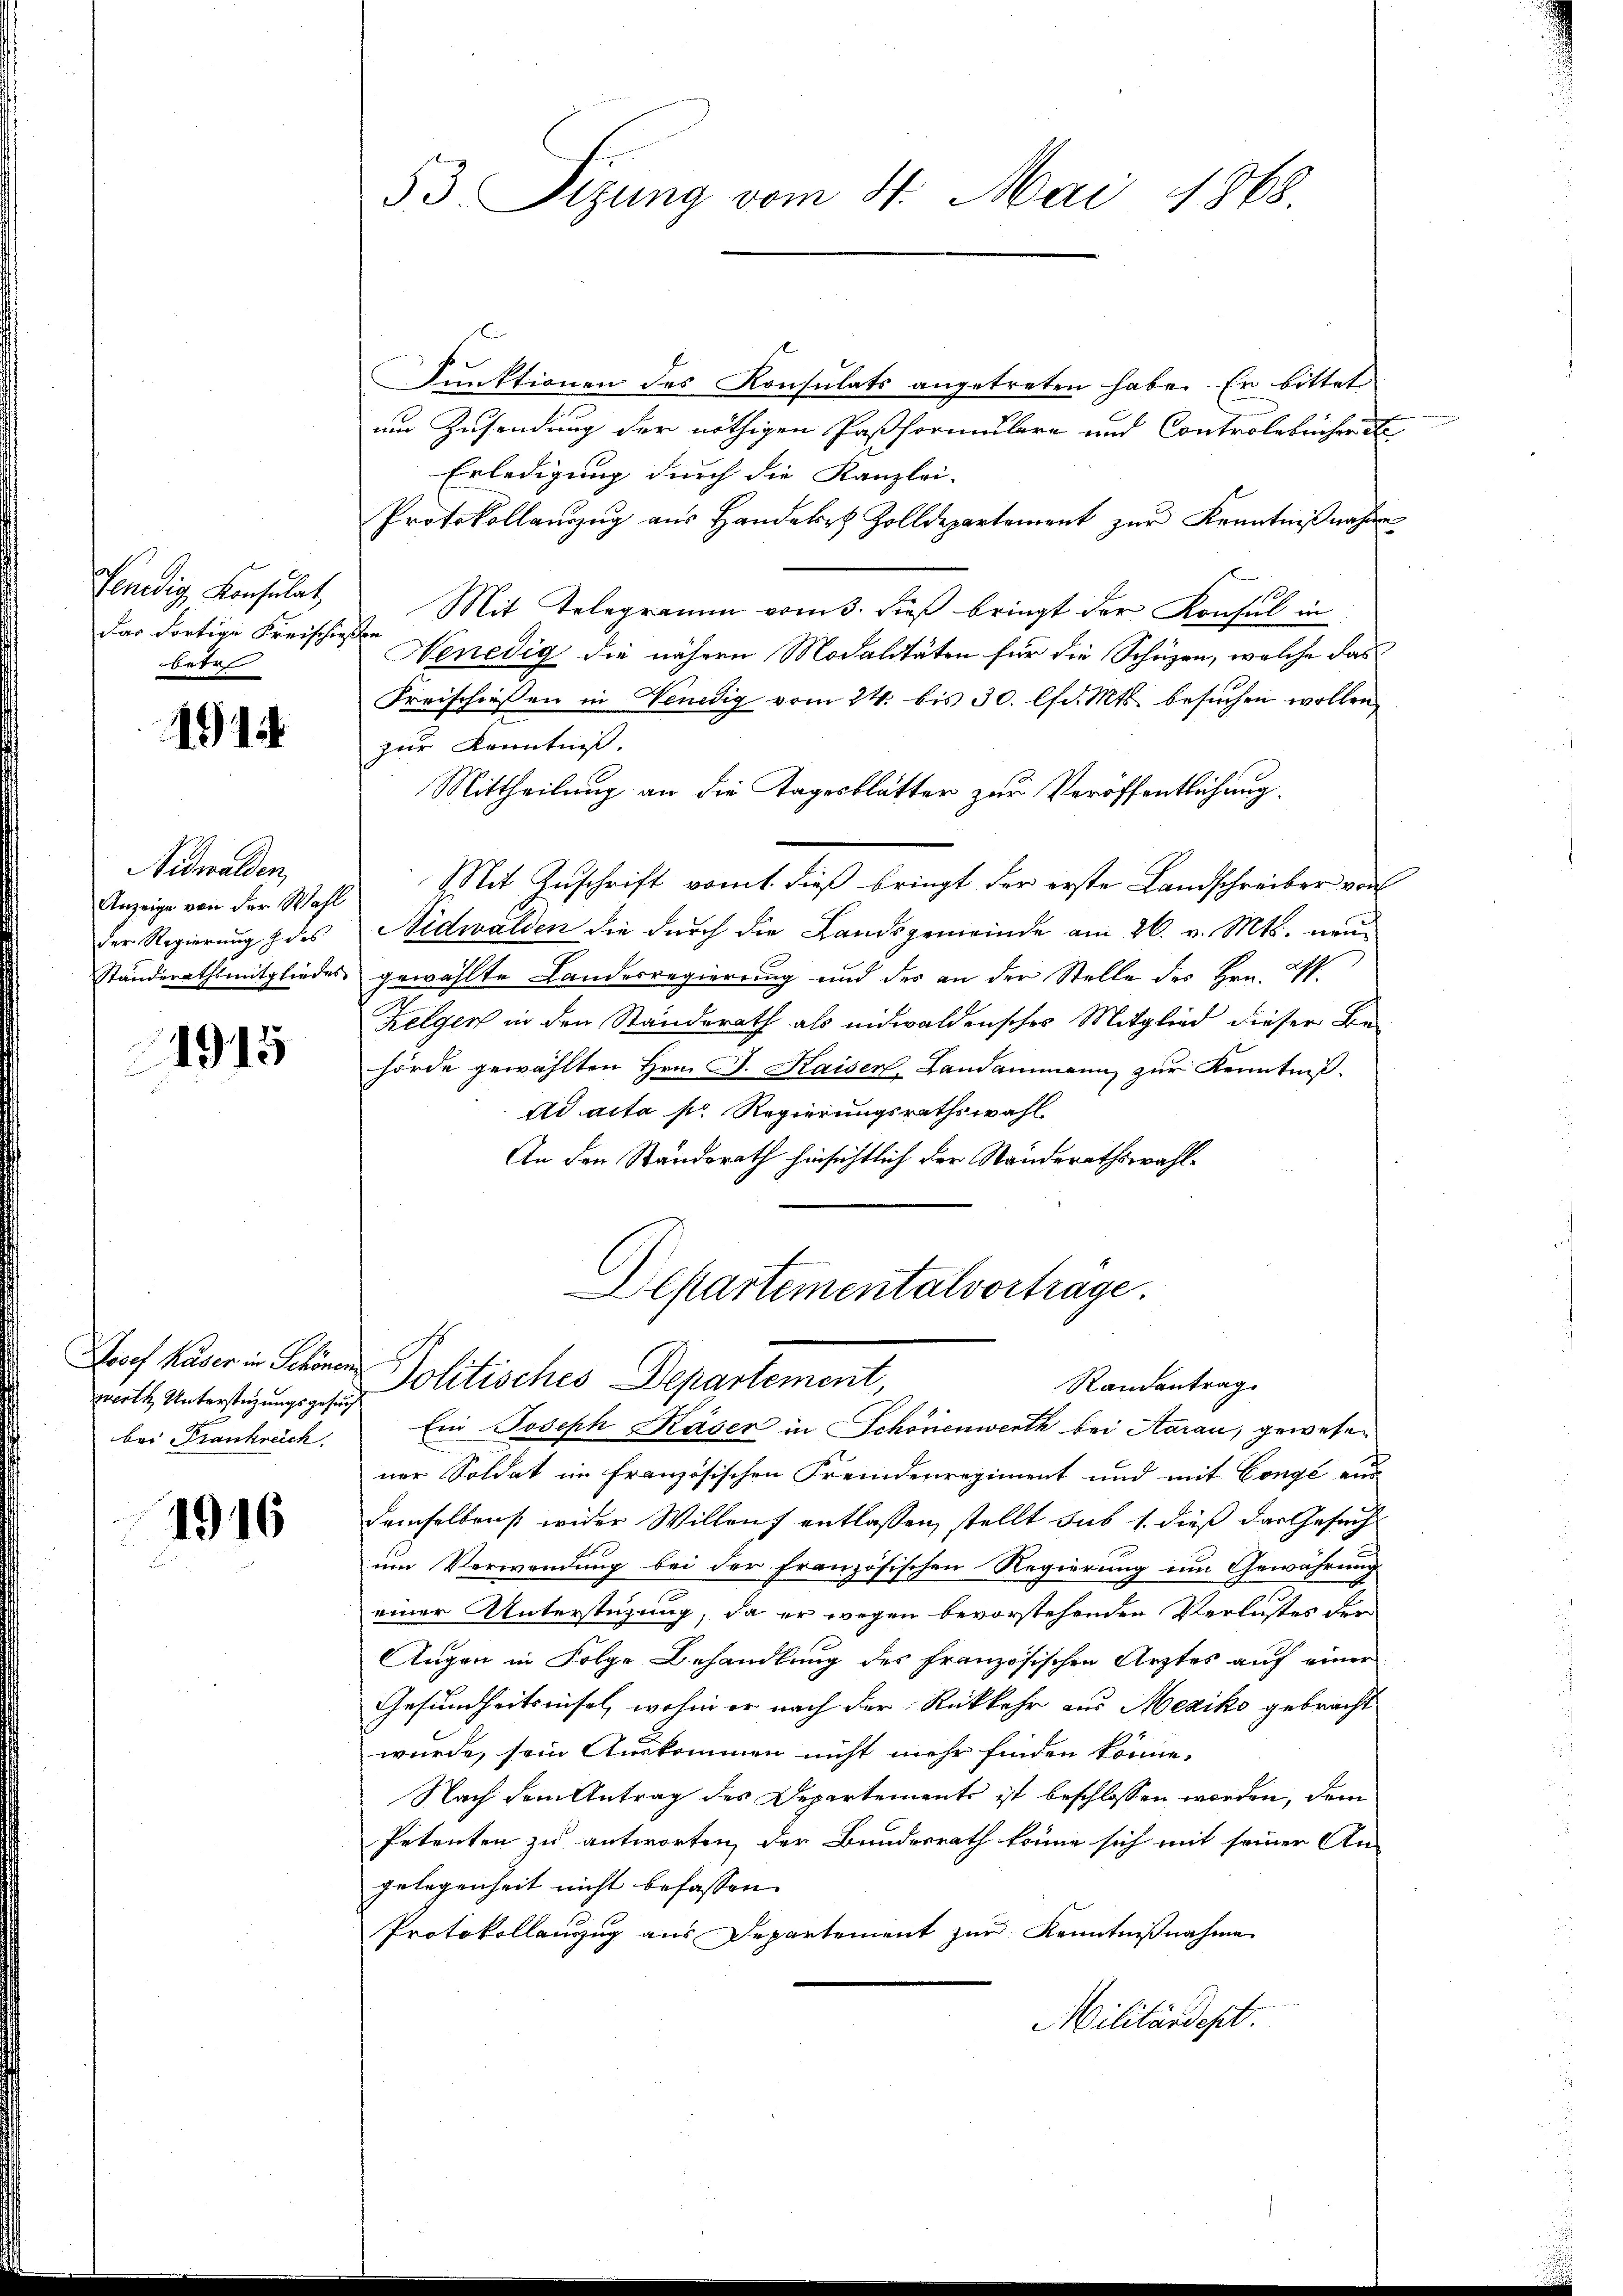
Venedig, Konsulat
das dortige Freischießen
betr

1914

Nidwalden,
Anzeige von der Wahl
der Regierung des

1915

werth Unterstüzungsgesuch
bei Frankreich

1916

53 Sizung vom 4. Mai 1868.

Funktionen des Konsulats angetreten habe. Er bittet
um Zusendung der nöthigen Paßformulare und Controlebucher
Erledigung durch die Kanzlei- |
Protokollanzŭg aŭs Handelt Zolldepartement zŭr Kenntniβnahme
Mit Telegramm vom 3. dieß bringt der Konsul in
Nenedig die nähern Modalitäten für die Schüzen, welche das
Freischiessen in Venedig vom 24. bis 30. lfd. Mts. besuchen wollen,
zur Kenntniß.
Mittheilung an die Tagesblätter zur Veröffentlichung
e
Mit Zuschrift vomt dieß bringt der erste Landschreiber von
Nidwalden die durch die Landsgemeinde am 26. v. Mts. neu¬
Ständerathsmitgliedes gewählte Landesregierung und des an der Stelle des Hrn. W
Zelgen in den Standerath als eidwaldensches Mitglied dieser Be-
hörde gewählten Hrn. J. Kaiser, Landammann zur Kenntniß.
Ad acta s. Regierungsrathswahl
An den Standerath hinsichtlich der Standerathswahl¬

Departementalvorträge.
Josef Kaser in Schönen Politisches Departement,
Randantrag.

Ein Joseph Käser in Schönenwerth bei Aarau, gewesen
ner Soldat im französischen Fremdenregiment und mit Congé aus
demselben wider Willens entlassen, stellt sub 1. dieß das Gesuch
um Verwendung bei der französischen Regierung im Gewährung
einer Unterstüzung, da er wegen bevorstehenden Verlustes der
Augen in Folge Behandlung des französischen Arztes auf einer
Gesundheitsnisel, wohin er nach der Rückkehr aus Mexiko gebracht
würde, sein Auskommen nicht mehr finden könne.
Nach dem Antrag des Departements ist beschlossen worden, dem
Petenten zu antworten, der Bundesrath könne sich mit seiner An-
gelegenheit nicht befassen.
Protokollanzug aus Departement zur Kenntnißnahme
Militärdept.